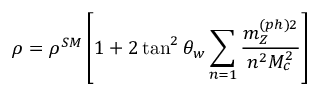
\rho = \rho ^ { S M } \left[ 1 + 2 \tan ^ { 2 } \theta _ { w } \sum _ { n = 1 } \frac { m _ { Z } ^ { ( p h ) 2 } } { n ^ { 2 } M _ { c } ^ { 2 } } \right] \, \, \,